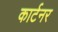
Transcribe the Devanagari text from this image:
कार्टनर